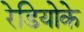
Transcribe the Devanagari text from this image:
रेडियोके